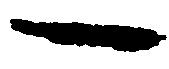
一